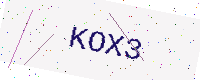
Text: KOX3